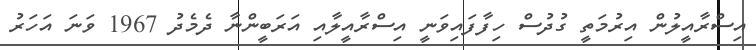
އިސްރާއީލުން އިރުމަތީ ގުދުސް ހިފާފައިވަނީ އިސްރާއީލާއި އަރަބީންނާ ދެމެދު 1967 ވަނަ އަހަރު